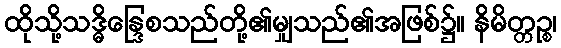
ထိုသို့သဒ္ဓိန္ဒြေစသည်တို့၏မျှသည်၏အဖြစ်၌။ နိမိတ္တဉ္စ၊